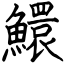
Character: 鱞